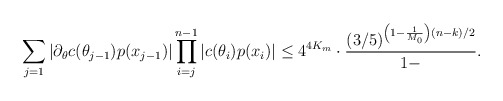
\begin{align*}\sum \limits_{j = 1} |\partial_\theta c(\theta_{j-1}) p(x_{j-1})| \prod \limits_{i=j}^{n-1} |c(\theta_i)p(x_i)| \leq 4^{4K_m} \cdot \frac{(3/5)^{\left(1 - \frac1{M_0} \right)(n-k)/2}}{1 - }.\end{align*}